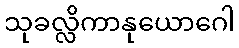
သုခလ္လိကာနုယောဂေါ